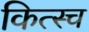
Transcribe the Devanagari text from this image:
कित्स्च